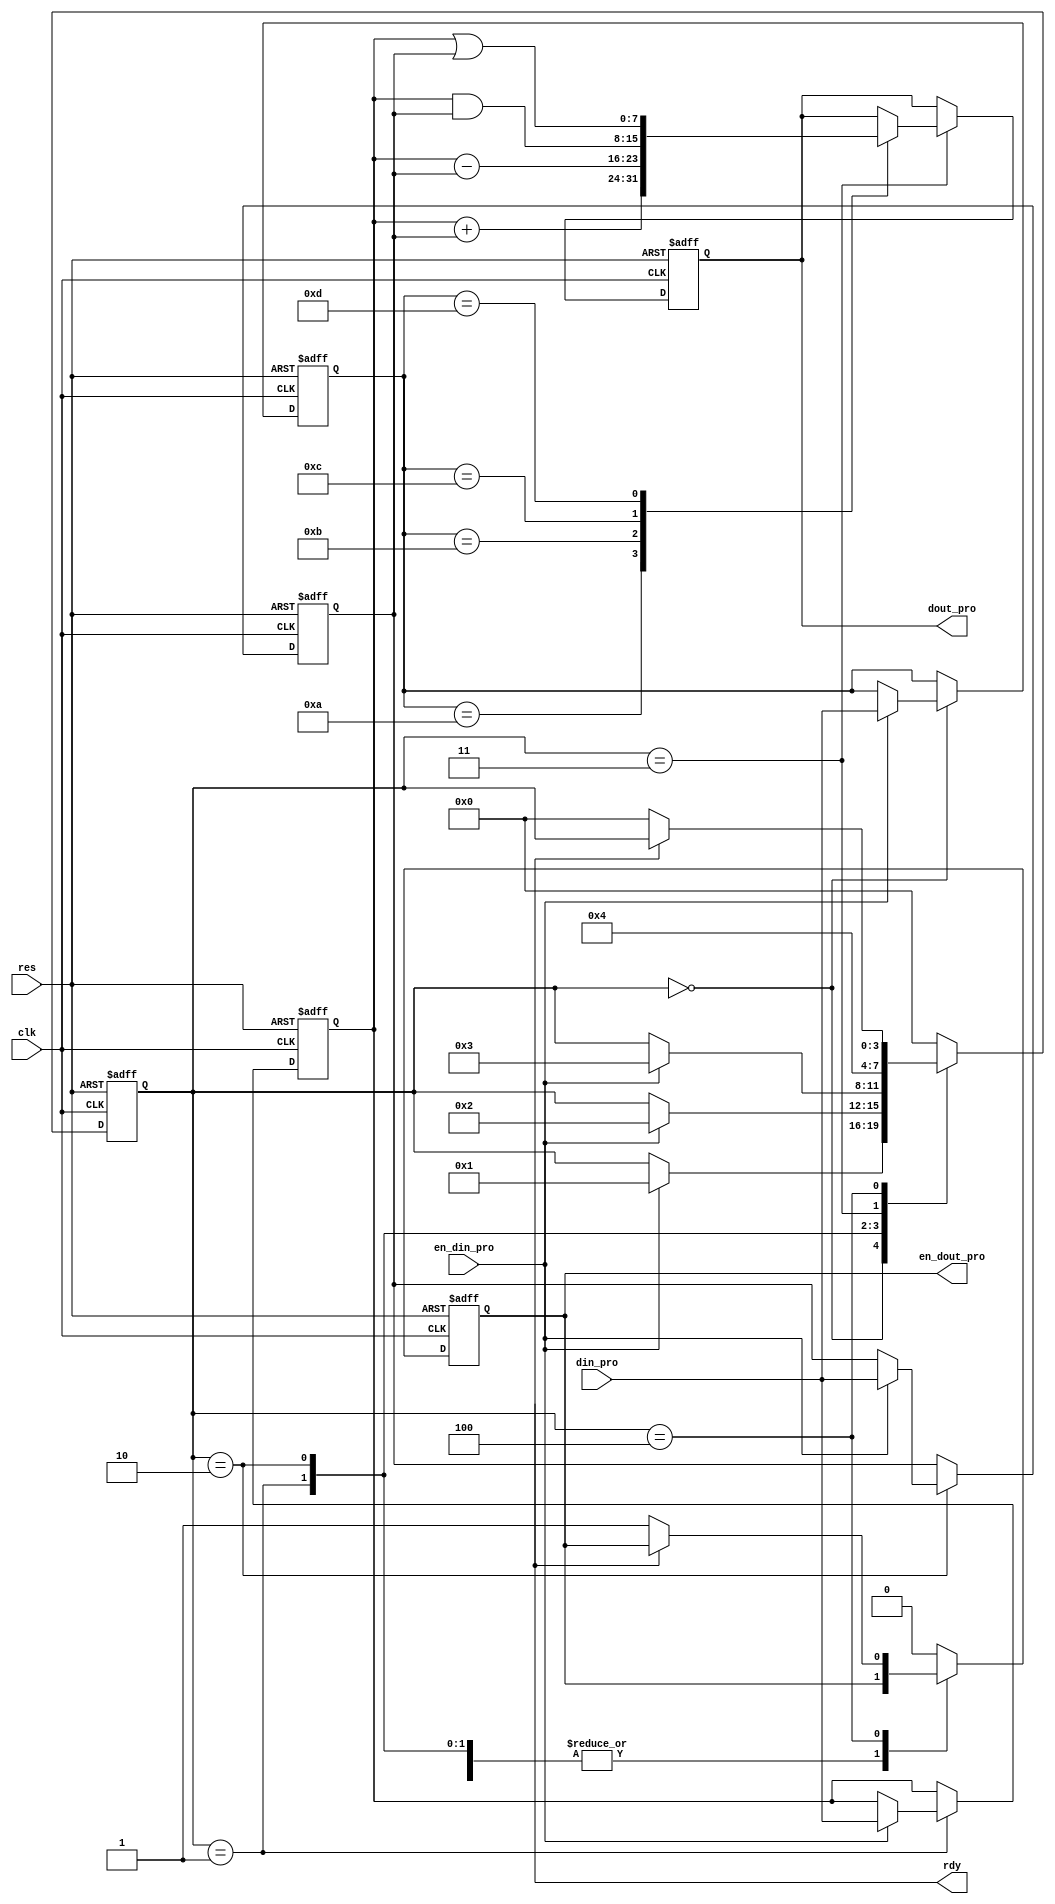
//

module cmd_pro (
    clk,
    res,
    din_pro,
    en_din_pro,
    dout_pro,
    en_dout_pro,
    rdy
);
    input  clk ;
    input  res ;
    input  [7:0] din_pro;//
    input  en_din_pro ;//
    output [7:0] dout_pro;//
    output en_dout_pro ;//
    output rdy ;//0

    parameter add_ab =8'h0a ;
    parameter sub_ab =8'h0b ;
    parameter and_ab =8'h0c ;
    parameter or_ab =8'h0d ;

    reg[3:0] state;//
    reg[7:0] cmd_reg,A_reg,B_reg;//AB
    reg[7:0] dout_pro;
    reg en_dout_pro;

    always @(posedge clk or negedge res) begin
        if (~res) begin
            state<=0;cmd_reg<=0;A_reg<=0;B_reg<=0;dout_pro<=0;en_dout_pro<=0;
        end else begin
            case (state)
                0://
                begin
                    en_dout_pro<=0;
                    if (en_din_pro) begin
                        cmd_reg<=din_pro;
                        state<=1;
                    end
                end 
                1://A
                begin
                    if (en_din_pro) begin
                        A_reg<=din_pro;
                        state<=2;
                    end
                end
                2://B
                begin
                    if (en_din_pro) begin
                        B_reg<=din_pro;
                        state<=3;
                    end
                end
                3://
                begin
                    state<=4;
                    case (cmd_reg)
                        add_ab:
                        begin
                            dout_pro<=A_reg+B_reg;

                        end 
                        sub_ab:
                        begin
                            dout_pro<=A_reg-B_reg;
                        end
                        and_ab:
                        begin
                            dout_pro<=A_reg&B_reg;
                        end
                        or_ab:
                        begin
                            dout_pro<=A_reg|B_reg;
                        end
                    endcase
                end
                4://
                begin
                    if (~rdy) begin
                        en_dout_pro<=1;
                        state<=0;
                    end
                end
                
                default: 
                begin
                    state<=0;en_dout_pro<=0;
                end
                
            endcase
        end
    end
    
endmodule